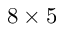
8 \times 5